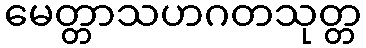
မေတ္တာသဟဂတသုတ္တ